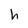
Character: h